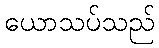
ယောသပ်သည်